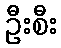
ဦးစီး